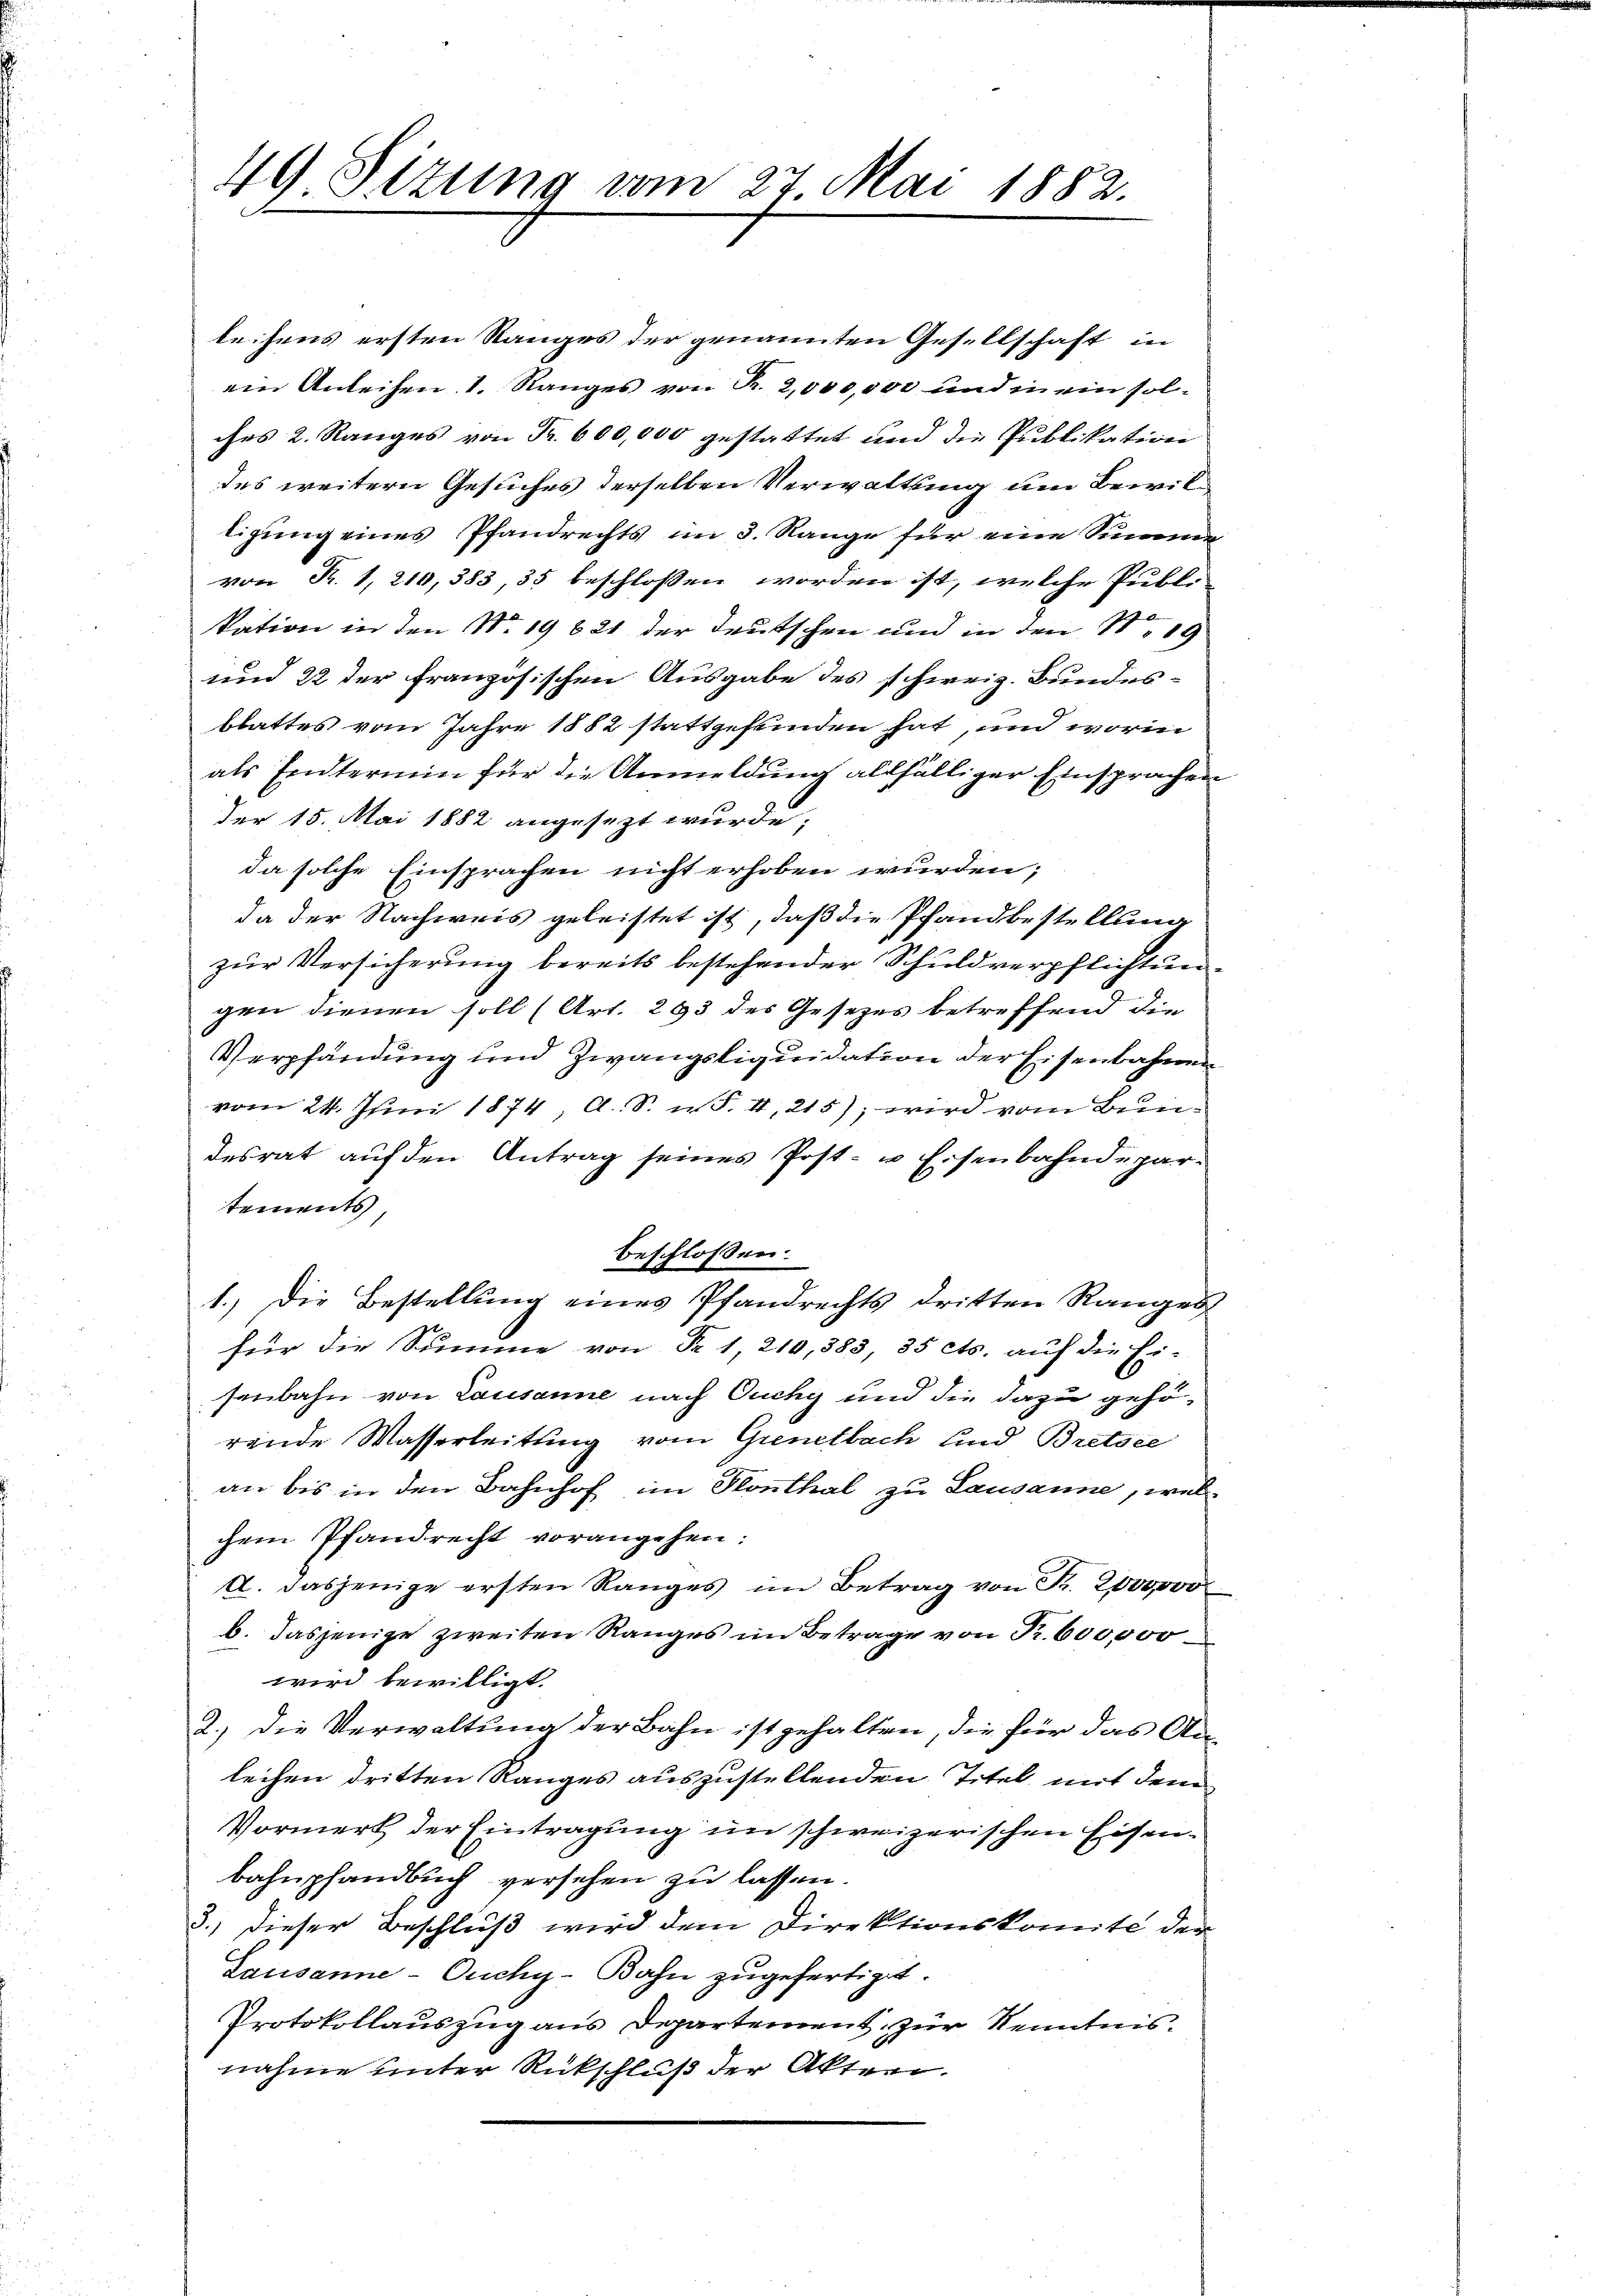
49 Sizung vom 27. Mai 1882.

leihens ersten Ranges der genannten Gesellschaft in
ein Anleihen 1. Ranges von Fr. 2,000,000 und in ein sol-
ches 2. Ranges von Fr. 600,000 gestattet und die Publikation
des weitern Gesuches derselben Verwaltung um Bewiltigung eines Pfandrechts im 3. Range für eine Sinnen
von R. 1, 210,383, 35 beschlossen worden ist, welche Publi
kation in den No. 19621 der deutschen und in den No 19
und 22 der französischen Ausgabe des schweiz. Bundes-
blattes vom Jahre 1882 stattgefunden hat, und worin
als Endtermin für die Anmeldung allfälliger Einsprachen
der 15. Mai 1882 angesezt wurde,
da solche Einsprachen nicht erhoben wurden;
da der Nachweis geleistet ist, daß die Pfandbestellung
zur Versicherung bereits bestehender Schuldverpflichtungen dienen soll (Art. 293 des Gesetzes betreffend die
Verpfändung und Zwangsliquidation der Eisenbahnen
vom 24. Juni 1874, A. S. w. S. 4, 215); wird vom Bundesrat auf den Antrag seines Post- u Eisenbahndepartements
beschlossen:
1.) Die Bestellung eines Pfandrechts dritten Ranges
für die Summe von Fr. 1, 210, 383, 35 cts. auf die Ei-
senbahn von Lausanne nach Ouchy und die dazu gehörende Wasserleitung vom Gienetbach und Bretsee
an bis in den Bahnhof im Konthal zu Lausanne, welchem Pfandrecht vorangehen:
A. dasjenige ersten Ranges im Betrag von Fr. 2000000
b. dasjenige zweiten Ranges im Betrage von Fr. 600,000
wird bewilligt.
2.) Die Verwaltung der Bahn ist gehalten, die für das An-
leihen dritten Ranges auszustellenden Titel mit dem
Vormerk der Eintragung im schweizerischen Eisen¬
Bahnpfandbuch versehen zu lassen.
3.) Dieser Beschluß wird dem Direktionskomité der
Lausanne-Ouchy-Bahn zugefertigt.
Protokollauszug aus Departement zur Kenntnisnahme unter Rückschluß der Akten.